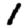
Digit: 1